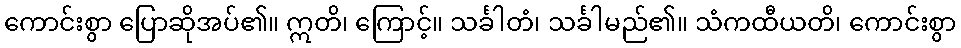
ကောင်းစွာ ပြောဆိုအပ်၏။ ဣတိ၊ ကြောင့်။ သင်္ခါတံ၊ သင်္ခါမည်၏။ သံကထီယတိ၊ ကောင်းစွာ